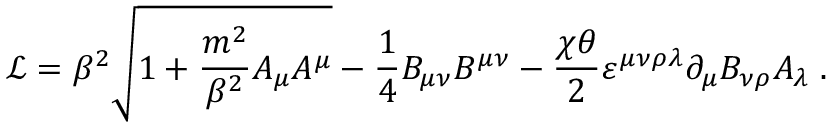
\mathcal { L } = \beta ^ { 2 } \sqrt { 1 + \frac { m ^ { 2 } } { \beta ^ { 2 } } A _ { \mu } A ^ { \mu } } - \frac { 1 } { 4 } B _ { \mu \nu } B ^ { \mu \nu } - \frac { \chi \theta } { 2 } \varepsilon ^ { \mu \nu \rho \lambda } \partial _ { \mu } B _ { \nu \rho } A _ { \lambda } \; .